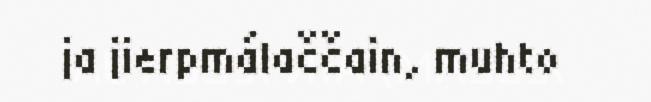
ja jierpmálaččain, muhto